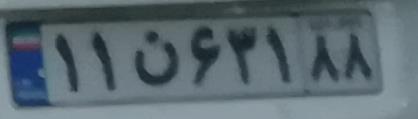
۱۱ن۶۳۱۸۸